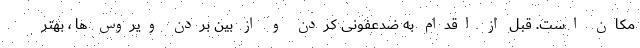
مکان است. قبل از اقدام به ضدعفونی کردن و از بین بردن ویروس ها ، بهتر